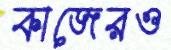
কাজেরও